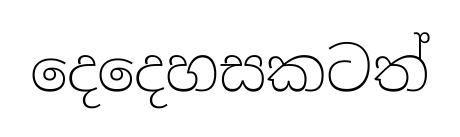
දෙදෙහසකටත්